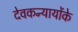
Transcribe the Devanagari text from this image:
देवकन्यायोंके